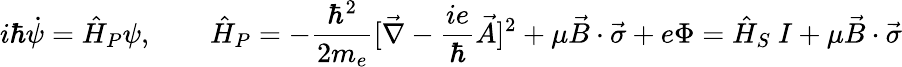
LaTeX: i\hbar\dot{\psi}=\hat{H}_{P}\psi,\qquad\hat{H}_{P}=-\frac{\hbar^{2}}{2m_{e}}[\vec{\nabla}-\frac{ie}{\hbar}\vec{A}]^{2}+\mu\vec{B}\cdot\vec{\sigma}+e\Phi=\hat{H}_{S}~I+\mu\vec{B}\cdot\vec{\sigma}